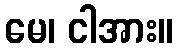
မေ၊ ငါအား။